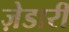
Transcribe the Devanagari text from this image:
ज़ेडारी